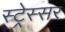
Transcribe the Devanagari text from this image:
स्ट्रेस्सर